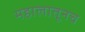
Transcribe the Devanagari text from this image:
महालातूनच